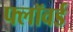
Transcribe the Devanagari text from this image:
फ्लॉवर्ड